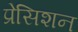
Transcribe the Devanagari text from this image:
प्रेसिशन